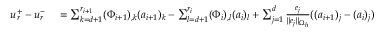
\begin{array} { r l } { \boldsymbol { u } _ { r } ^ { + } - \boldsymbol { u } _ { r } ^ { - } } & { { } = \sum _ { k = d + 1 } ^ { r _ { i + 1 } } ( \Phi _ { i + 1 } ) _ { , k } ( \boldsymbol { a } _ { i + 1 } ) _ { k } - \sum _ { l = d + 1 } ^ { r _ { i } } ( \Phi _ { i } ) _ { , l } ( \boldsymbol { a } _ { i } ) _ { l } + \sum _ { j = 1 } ^ { d } \frac { \boldsymbol { e } _ { j } } { | | \boldsymbol { e } _ { j } | | _ { \Omega _ { h } } } ( ( \boldsymbol { a } _ { i + 1 } ) _ { j } - ( \boldsymbol { a } _ { i } ) _ { j } ) } \end{array}